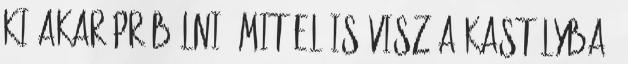
ki akar próbálni, mit el is visz a kastélyba.